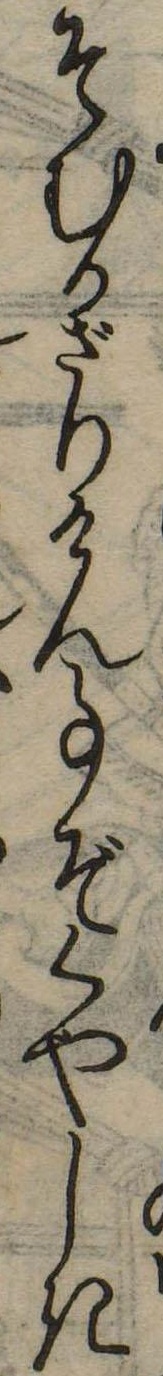
そむかざりけん事ぞくやしき